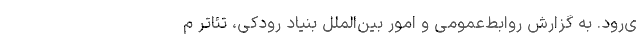
ی‌رود. به گزارش روابط‌عمومی و امور بین‌الملل بنیاد رودکی، تئاتر م